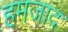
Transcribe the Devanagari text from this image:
हमजाद